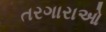
તરગારાઓ